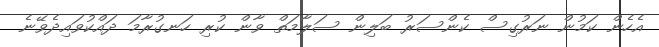
އެހެން ކަމުން ނަރުގިސް ކެންސަރު ބަލިން ސަލާމަތް ވާން ކުރި ހަނގުރާމަ ދައްކުވައިދެވޭނެ